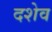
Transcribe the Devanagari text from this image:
दशेव